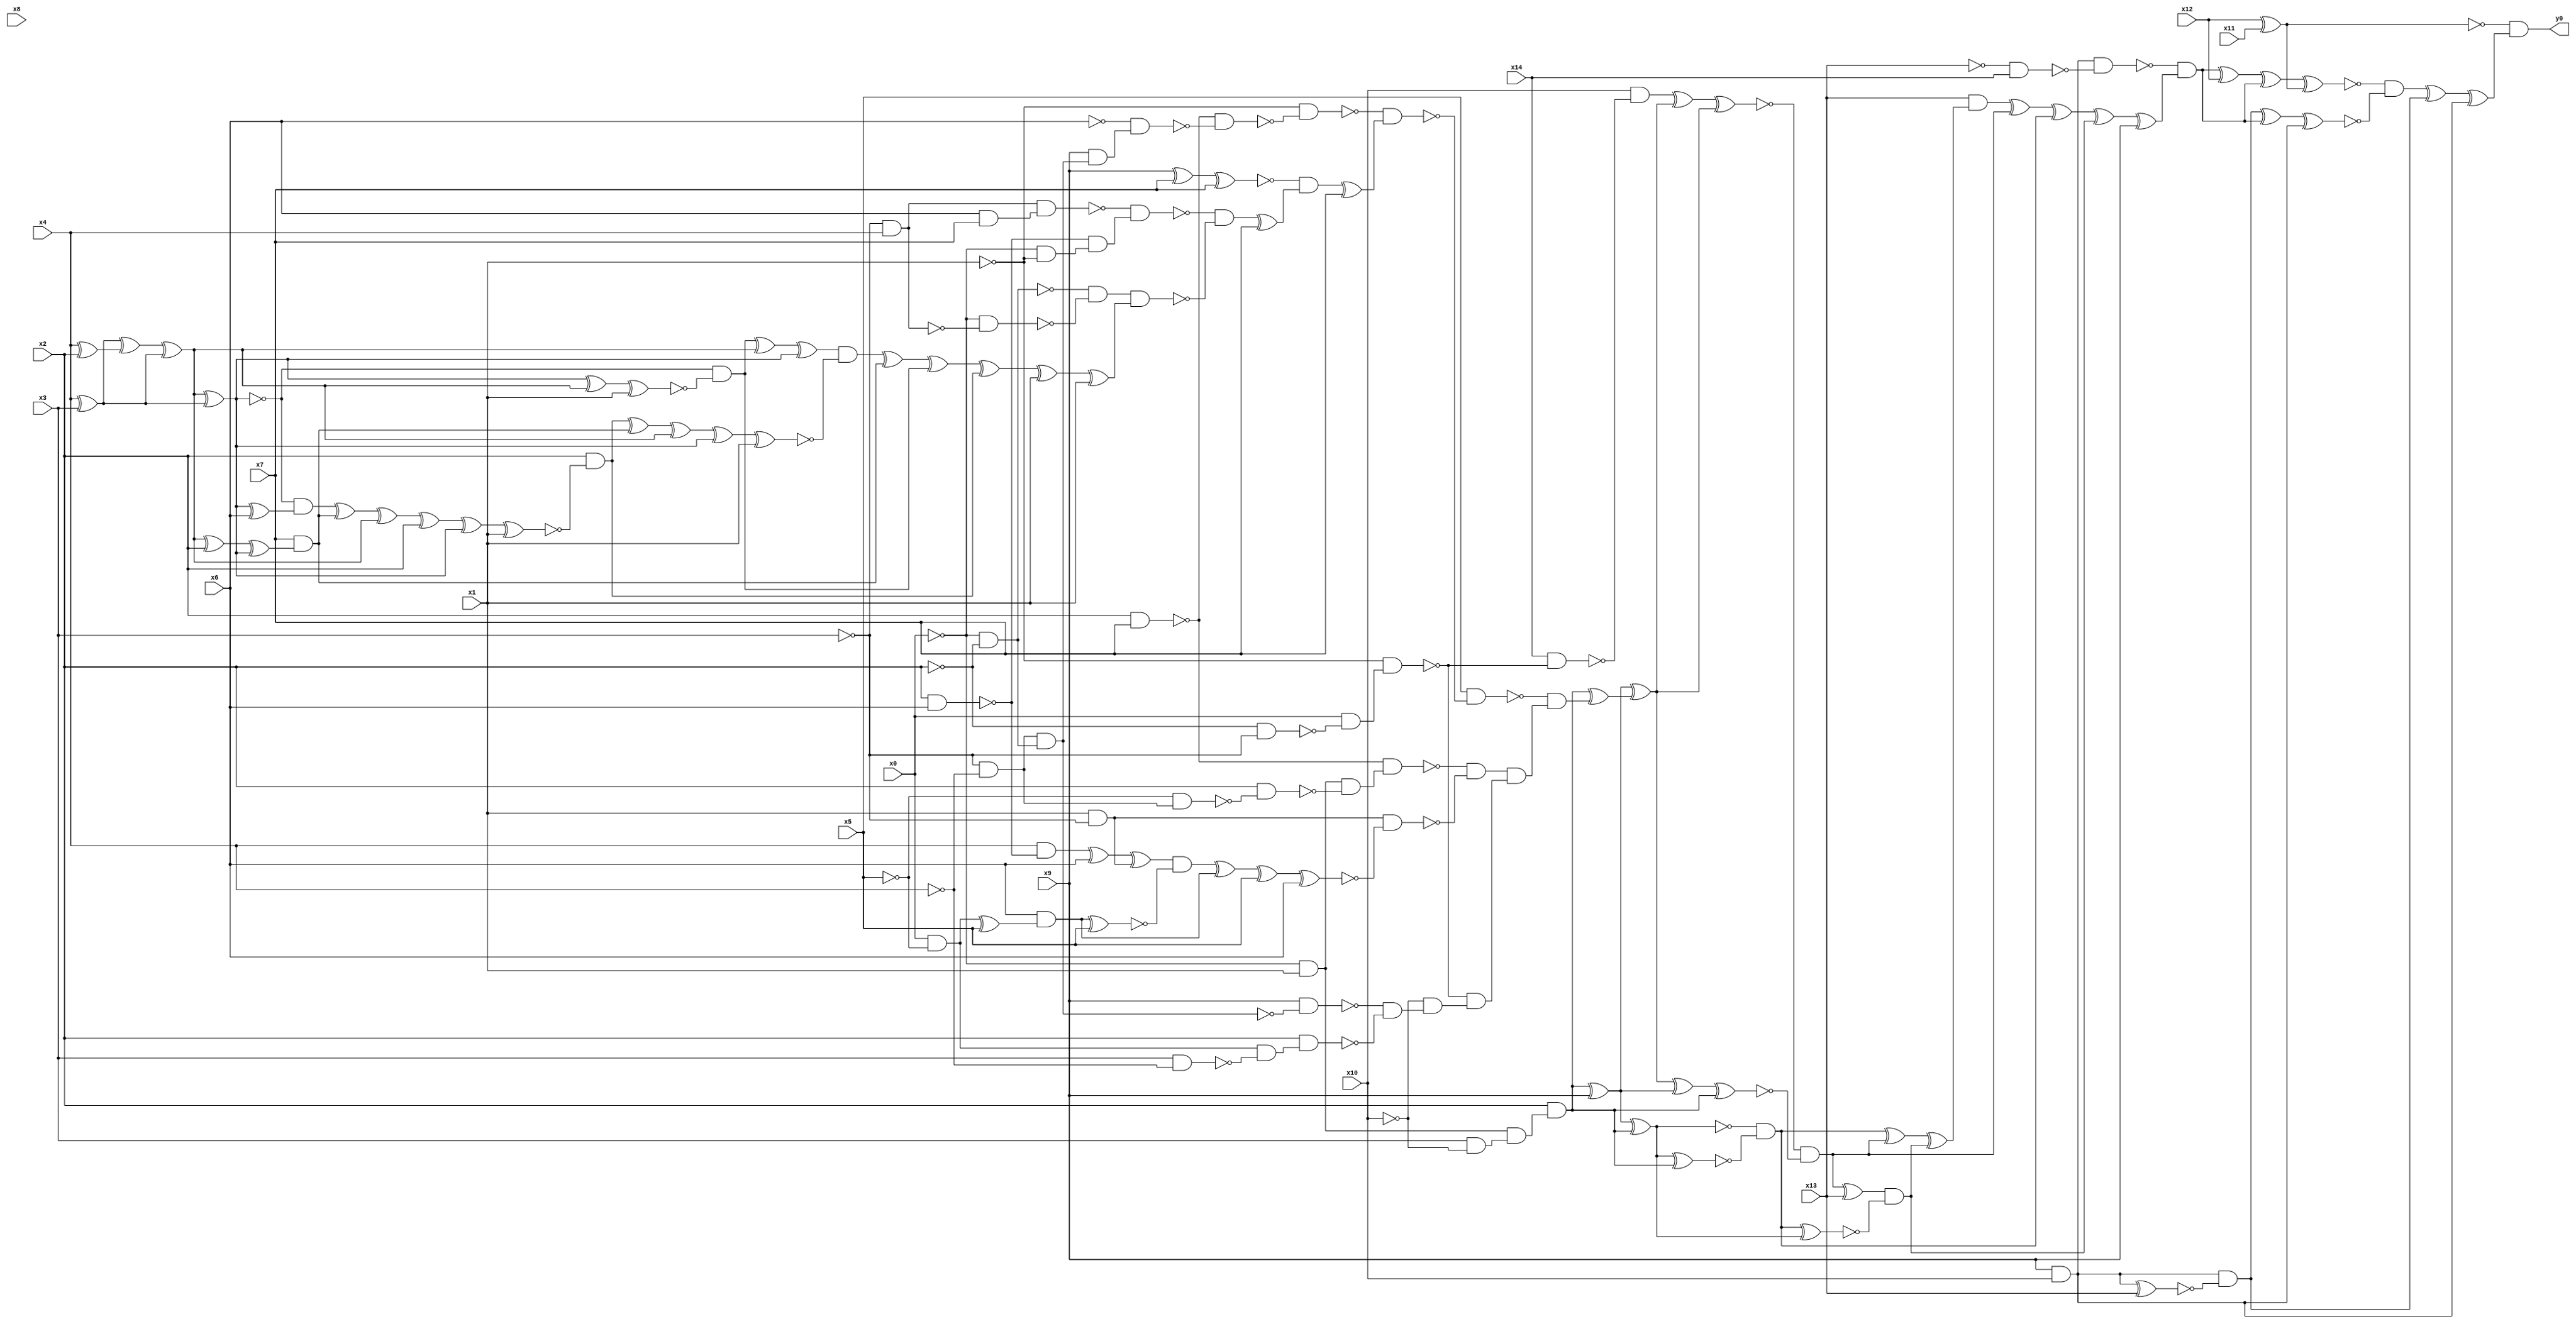
module top( x0 , x1 , x2 , x3 , x4 , x5 , x6 , x7 , x8 , x9 , x10 , x11 , x12 , x13 , x14 , y0 );
  input x0 , x1 , x2 , x3 , x4 , x5 , x6 , x7 , x8 , x9 , x10 , x11 , x12 , x13 , x14 ;
  output y0 ;
  wire n16 , n17 , n18 , n19 , n20 , n21 , n22 , n23 , n24 , n25 , n26 , n27 , n28 , n29 , n30 , n31 , n32 , n33 , n34 , n35 , n36 , n37 , n38 , n39 , n40 , n41 , n42 , n43 , n44 , n45 , n46 , n47 , n48 , n49 , n50 , n51 , n52 , n53 , n54 , n55 , n56 , n57 , n58 , n59 , n60 , n61 , n62 , n63 , n64 , n65 , n66 , n67 , n68 , n69 , n70 , n71 , n72 , n73 , n74 , n75 , n76 , n77 , n78 , n79 , n80 , n81 , n82 , n83 , n84 , n85 , n86 , n87 , n88 , n89 , n90 , n91 , n92 , n93 , n94 , n95 , n96 , n97 , n98 , n99 , n100 , n101 , n102 , n103 , n104 , n105 , n106 , n107 , n108 , n109 , n110 , n111 , n112 , n113 , n114 , n115 , n116 , n117 , n118 , n119 , n120 , n121 , n122 , n123 , n124 , n125 , n126 , n127 , n128 , n129 , n130 , n131 , n132 , n133 , n134 , n135 , n136 , n137 , n138 , n139 , n140 , n141 , n142 , n143 , n144 , n145 ;
  assign n16 = x12 ^ x11 ;
  assign n17 = x9 & x10 ;
  assign n18 = ~x13 & x14 ;
  assign n19 = n17 & ~n18 ;
  assign n77 = ~x0 & x1 ;
  assign n108 = x3 & ~x10 ;
  assign n109 = n77 & n108 ;
  assign n110 = x2 & n109 ;
  assign n112 = n110 ^ x9 ;
  assign n122 = n112 ^ n110 ;
  assign n123 = n122 ^ n110 ;
  assign n124 = ~n122 & ~n123 ;
  assign n96 = ~x2 & ~x3 ;
  assign n97 = x0 & ~n96 ;
  assign n98 = ~x1 & n97 ;
  assign n114 = x14 & ~n98 ;
  assign n115 = x10 & ~n114 ;
  assign n20 = x2 & x7 ;
  assign n21 = ~x3 & ~x4 ;
  assign n22 = ~x0 & ~x2 ;
  assign n23 = n21 & n22 ;
  assign n24 = x9 & n23 ;
  assign n25 = ~x6 & n24 ;
  assign n26 = ~n20 & ~n25 ;
  assign n27 = ~x1 & ~n26 ;
  assign n28 = x9 ^ x7 ;
  assign n29 = n28 ^ x7 ;
  assign n30 = ~x3 & x4 ;
  assign n31 = x6 & x7 ;
  assign n32 = n30 & n31 ;
  assign n33 = x2 & x6 ;
  assign n34 = ~x0 & ~x1 ;
  assign n35 = ~n33 & n34 ;
  assign n36 = ~n32 & n35 ;
  assign n37 = ~x0 & ~n30 ;
  assign n38 = ~n22 & ~n37 ;
  assign n40 = x4 ^ x3 ;
  assign n39 = x4 ^ x2 ;
  assign n41 = n40 ^ n39 ;
  assign n42 = n41 ^ n40 ;
  assign n43 = n42 ^ n40 ;
  assign n44 = n43 ^ n42 ;
  assign n45 = n44 ^ x1 ;
  assign n46 = ~n43 & ~n45 ;
  assign n47 = n46 ^ n42 ;
  assign n48 = n47 ^ n43 ;
  assign n52 = n43 ^ x6 ;
  assign n53 = ~n43 & n52 ;
  assign n49 = n42 ^ x2 ;
  assign n50 = n49 ^ n43 ;
  assign n51 = x7 & n50 ;
  assign n54 = n53 ^ n51 ;
  assign n55 = n54 ^ n42 ;
  assign n56 = n55 ^ x2 ;
  assign n57 = n56 ^ n43 ;
  assign n58 = n57 ^ x1 ;
  assign n59 = x2 & ~n58 ;
  assign n60 = n59 ^ n51 ;
  assign n61 = n60 ^ n42 ;
  assign n62 = n61 ^ n43 ;
  assign n63 = n62 ^ x1 ;
  assign n64 = n48 & ~n63 ;
  assign n65 = n64 ^ n51 ;
  assign n66 = n65 ^ n46 ;
  assign n67 = n66 ^ n59 ;
  assign n68 = n67 ^ x1 ;
  assign n69 = n68 ^ x1 ;
  assign n70 = n38 & n69 ;
  assign n71 = ~n36 & ~n70 ;
  assign n72 = n71 ^ x7 ;
  assign n73 = ~n29 & n72 ;
  assign n74 = n73 ^ x7 ;
  assign n75 = ~n27 & n74 ;
  assign n76 = x5 & ~n75 ;
  assign n78 = ~x5 & n21 ;
  assign n79 = x2 & ~n78 ;
  assign n80 = n77 & ~n79 ;
  assign n81 = ~n20 & n80 ;
  assign n82 = x1 & ~x3 ;
  assign n83 = x4 & ~n33 ;
  assign n84 = n83 ^ x6 ;
  assign n85 = n84 ^ n82 ;
  assign n86 = x0 & ~x5 ;
  assign n87 = n86 ^ x5 ;
  assign n88 = x6 & n87 ;
  assign n89 = n88 ^ x5 ;
  assign n90 = n85 & ~n89 ;
  assign n91 = n90 ^ n88 ;
  assign n92 = n91 ^ x5 ;
  assign n93 = n92 ^ x6 ;
  assign n94 = n82 & ~n93 ;
  assign n95 = ~n81 & ~n94 ;
  assign n99 = x9 & ~n23 ;
  assign n100 = x3 & ~x4 ;
  assign n101 = n86 & ~n100 ;
  assign n102 = x2 & n101 ;
  assign n103 = ~n99 & ~n102 ;
  assign n104 = ~x10 & n103 ;
  assign n105 = ~n98 & n104 ;
  assign n106 = n95 & n105 ;
  assign n107 = ~n76 & n106 ;
  assign n111 = n110 ^ n107 ;
  assign n113 = n112 ^ n111 ;
  assign n116 = n115 ^ n113 ;
  assign n117 = n116 ^ n113 ;
  assign n118 = n113 ^ n112 ;
  assign n119 = n118 ^ n110 ;
  assign n120 = ~n117 & ~n119 ;
  assign n127 = n124 ^ n120 ;
  assign n121 = n120 ^ x13 ;
  assign n125 = n124 ^ n122 ;
  assign n126 = n121 & ~n125 ;
  assign n128 = n127 ^ n126 ;
  assign n129 = x13 & n128 ;
  assign n130 = n129 ^ n120 ;
  assign n131 = n130 ^ n124 ;
  assign n132 = n131 ^ n126 ;
  assign n133 = n132 ^ x9 ;
  assign n134 = ~n19 & n133 ;
  assign n135 = n134 ^ x12 ;
  assign n136 = n135 ^ n134 ;
  assign n137 = n136 ^ n16 ;
  assign n138 = n17 ^ x13 ;
  assign n139 = n17 & ~n138 ;
  assign n140 = n139 ^ n134 ;
  assign n141 = n140 ^ n17 ;
  assign n142 = ~n137 & ~n141 ;
  assign n143 = n142 ^ n139 ;
  assign n144 = n143 ^ n17 ;
  assign n145 = ~n16 & n144 ;
  assign y0 = n145 ;
endmodule